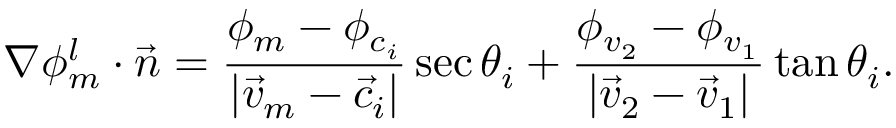
\nabla \phi _ { m } ^ { l } \cdot \vec { n } = \frac { \phi _ { m } - \phi _ { c _ { i } } } { | \vec { v } _ { m } - \vec { c } _ { i } | } \sec \theta _ { i } + \frac { \phi _ { v _ { 2 } } - \phi _ { v _ { 1 } } } { | \vec { v } _ { 2 } - \vec { v } _ { 1 } | } \tan \theta _ { i } .